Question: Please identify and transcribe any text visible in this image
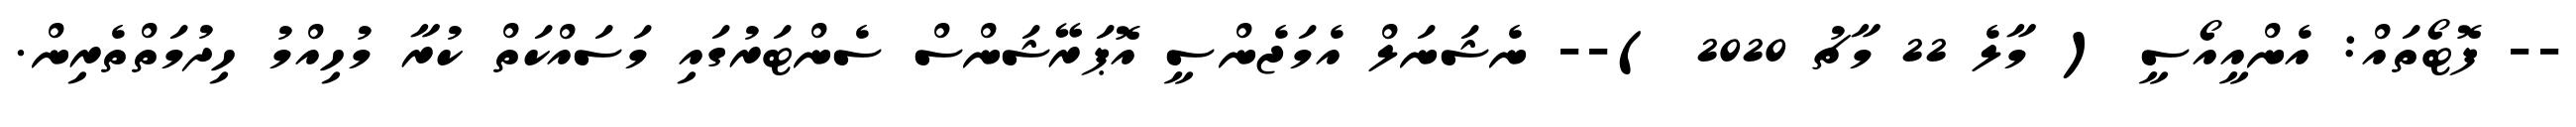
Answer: -- ފޮޓޯތައް: އެންއީއޯސީ ( މާލެ 22 މާޗު 2020 )-- ނެޝަނަލް އެމަޖެންސީ އޮޕަރޭޝަންސް ސެންޓަރުގައި މަސައްކަތް ކުރާ މުހިއްމު ހިދުމަތްތެރިން.